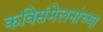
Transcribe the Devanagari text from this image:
कविसंमेलनांच्या